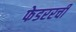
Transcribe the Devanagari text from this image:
फेडररची